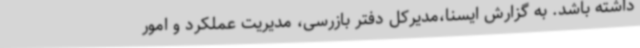
داشته باشد. به گزارش ایسنا،مدیرکل دفتر بازرسی، مدیریت عملکرد و امور